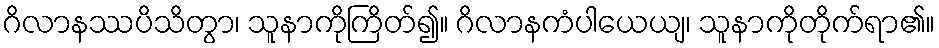
ဂိလာနဿပိသိတွာ၊ သူနာကိုကြိတ်၍။ ဂိလာနကံပါယေယျ၊ သူနာကိုတိုက်ရာ၏။